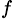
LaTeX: ^f